Report on the Nagpur School of Medicine, Central Provinces
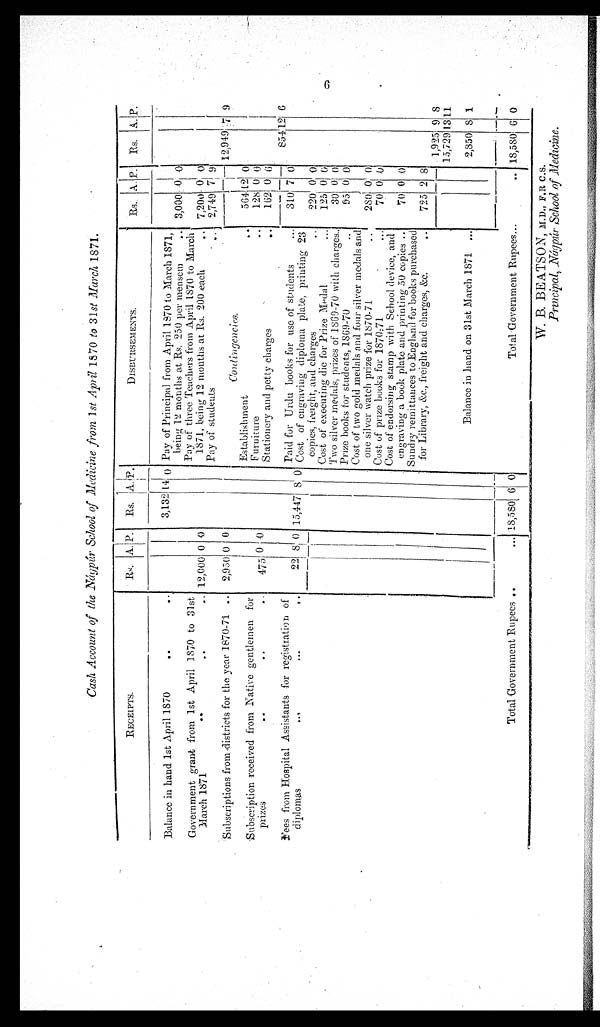
Cash Account of the Náypúr School of Medicine from 1st April 1870 to 31st March 1871.
RECEIPTS.
Rs. A.
P . Rs. A
P .
DISBURSEMENTS.
Rs.
A P. Rs.
A . P.
Balance in hand 1st April 1870
..
. .
3,132 14 0 Pay of Principal from April 1870 to March 1871,
being 12 months at Rs. 250 per mensem
3,000 0 0
Government grant from 1st April 1870 to 31st
March 1871
..
..
.. 12,000 0 0
Pay of three Teachers from April 1870 to Marc
h 1871, being 12 months at Rs. 200 each
. . 7,200 0 0
Pay of students
2,749 7 9
Subscriptions from districts for the year 1870-71 .. 2,950 0 0
Contingencies.
12,949 7 9
Subscription received from Native gentlemen for
prizes
..
..
. .
475
0 0
Establishment
564 1 2 0
Furniture
128 0 0
Stationery and petty charges
162 0 6
Fees from Hospital Assistants for registration of
diplomas
..
. .
22 8 0 15,447 8 0
Paid for Urdu books for use of students
. .
310 7 0 854 12 6
Cost of engraving diploma plate, printing 23
copies, freight, and charges
.
220 0 0
Cost of executing die for Prize Medal
...
125 0
0
Two silver medals, prizes of 1869-70 with charges..
3 0 0
0
Prize books for students, 1869-70
..
9 5 0 0
Cost of two gold medals and four silver medals and
one silver watch prize for 1870-71
..
280 0 0
Cost of prize books for 1870-71
. . .
70 0 0
Cost of endorsing stamp with School device, and
engraving a book plate and printing 50 copies ..
70 0 0
Sundry remittances to England for books purchased
for Library, &c., freight and charges, &c.
725 2 8
1,925 9 8
15,729 1311
Balance in hand on 31st March 1871 ...
2,850 8 1
Total Government Rupees .. .. 18,580 6 0
Total Government Rupees... ...
.. 18,580 6 0
W. B. BEATSON, M.D., F.R.C.S.
f M e d i c i n e .